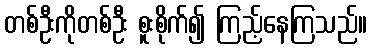
တစ်ဦးကိုတစ်ဦး စူးစိုက်၍ ကြည့်နေကြသည်။